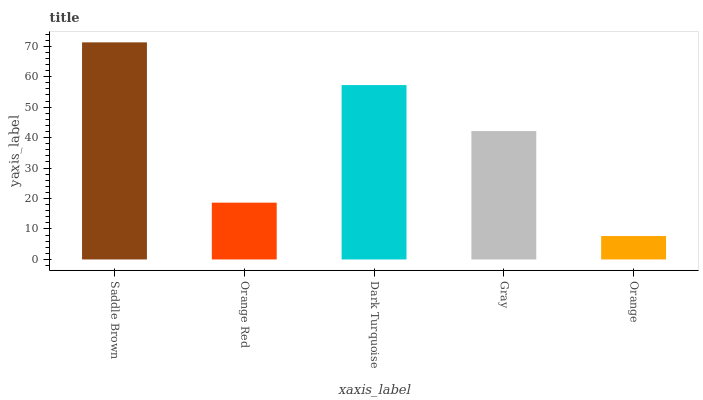
| xaxis_label | bars |
 | --- | --- |
 | Saddle Brown | 71.3 |
 | Orange Red | 18.7 |
 | Dark Turquoise | 57.3 |
 | Gray | 42.2 |
 | Orange | 7.69 |